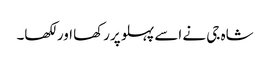
شاہ جی نے اسے پہلو پررکھا اورلکھا۔